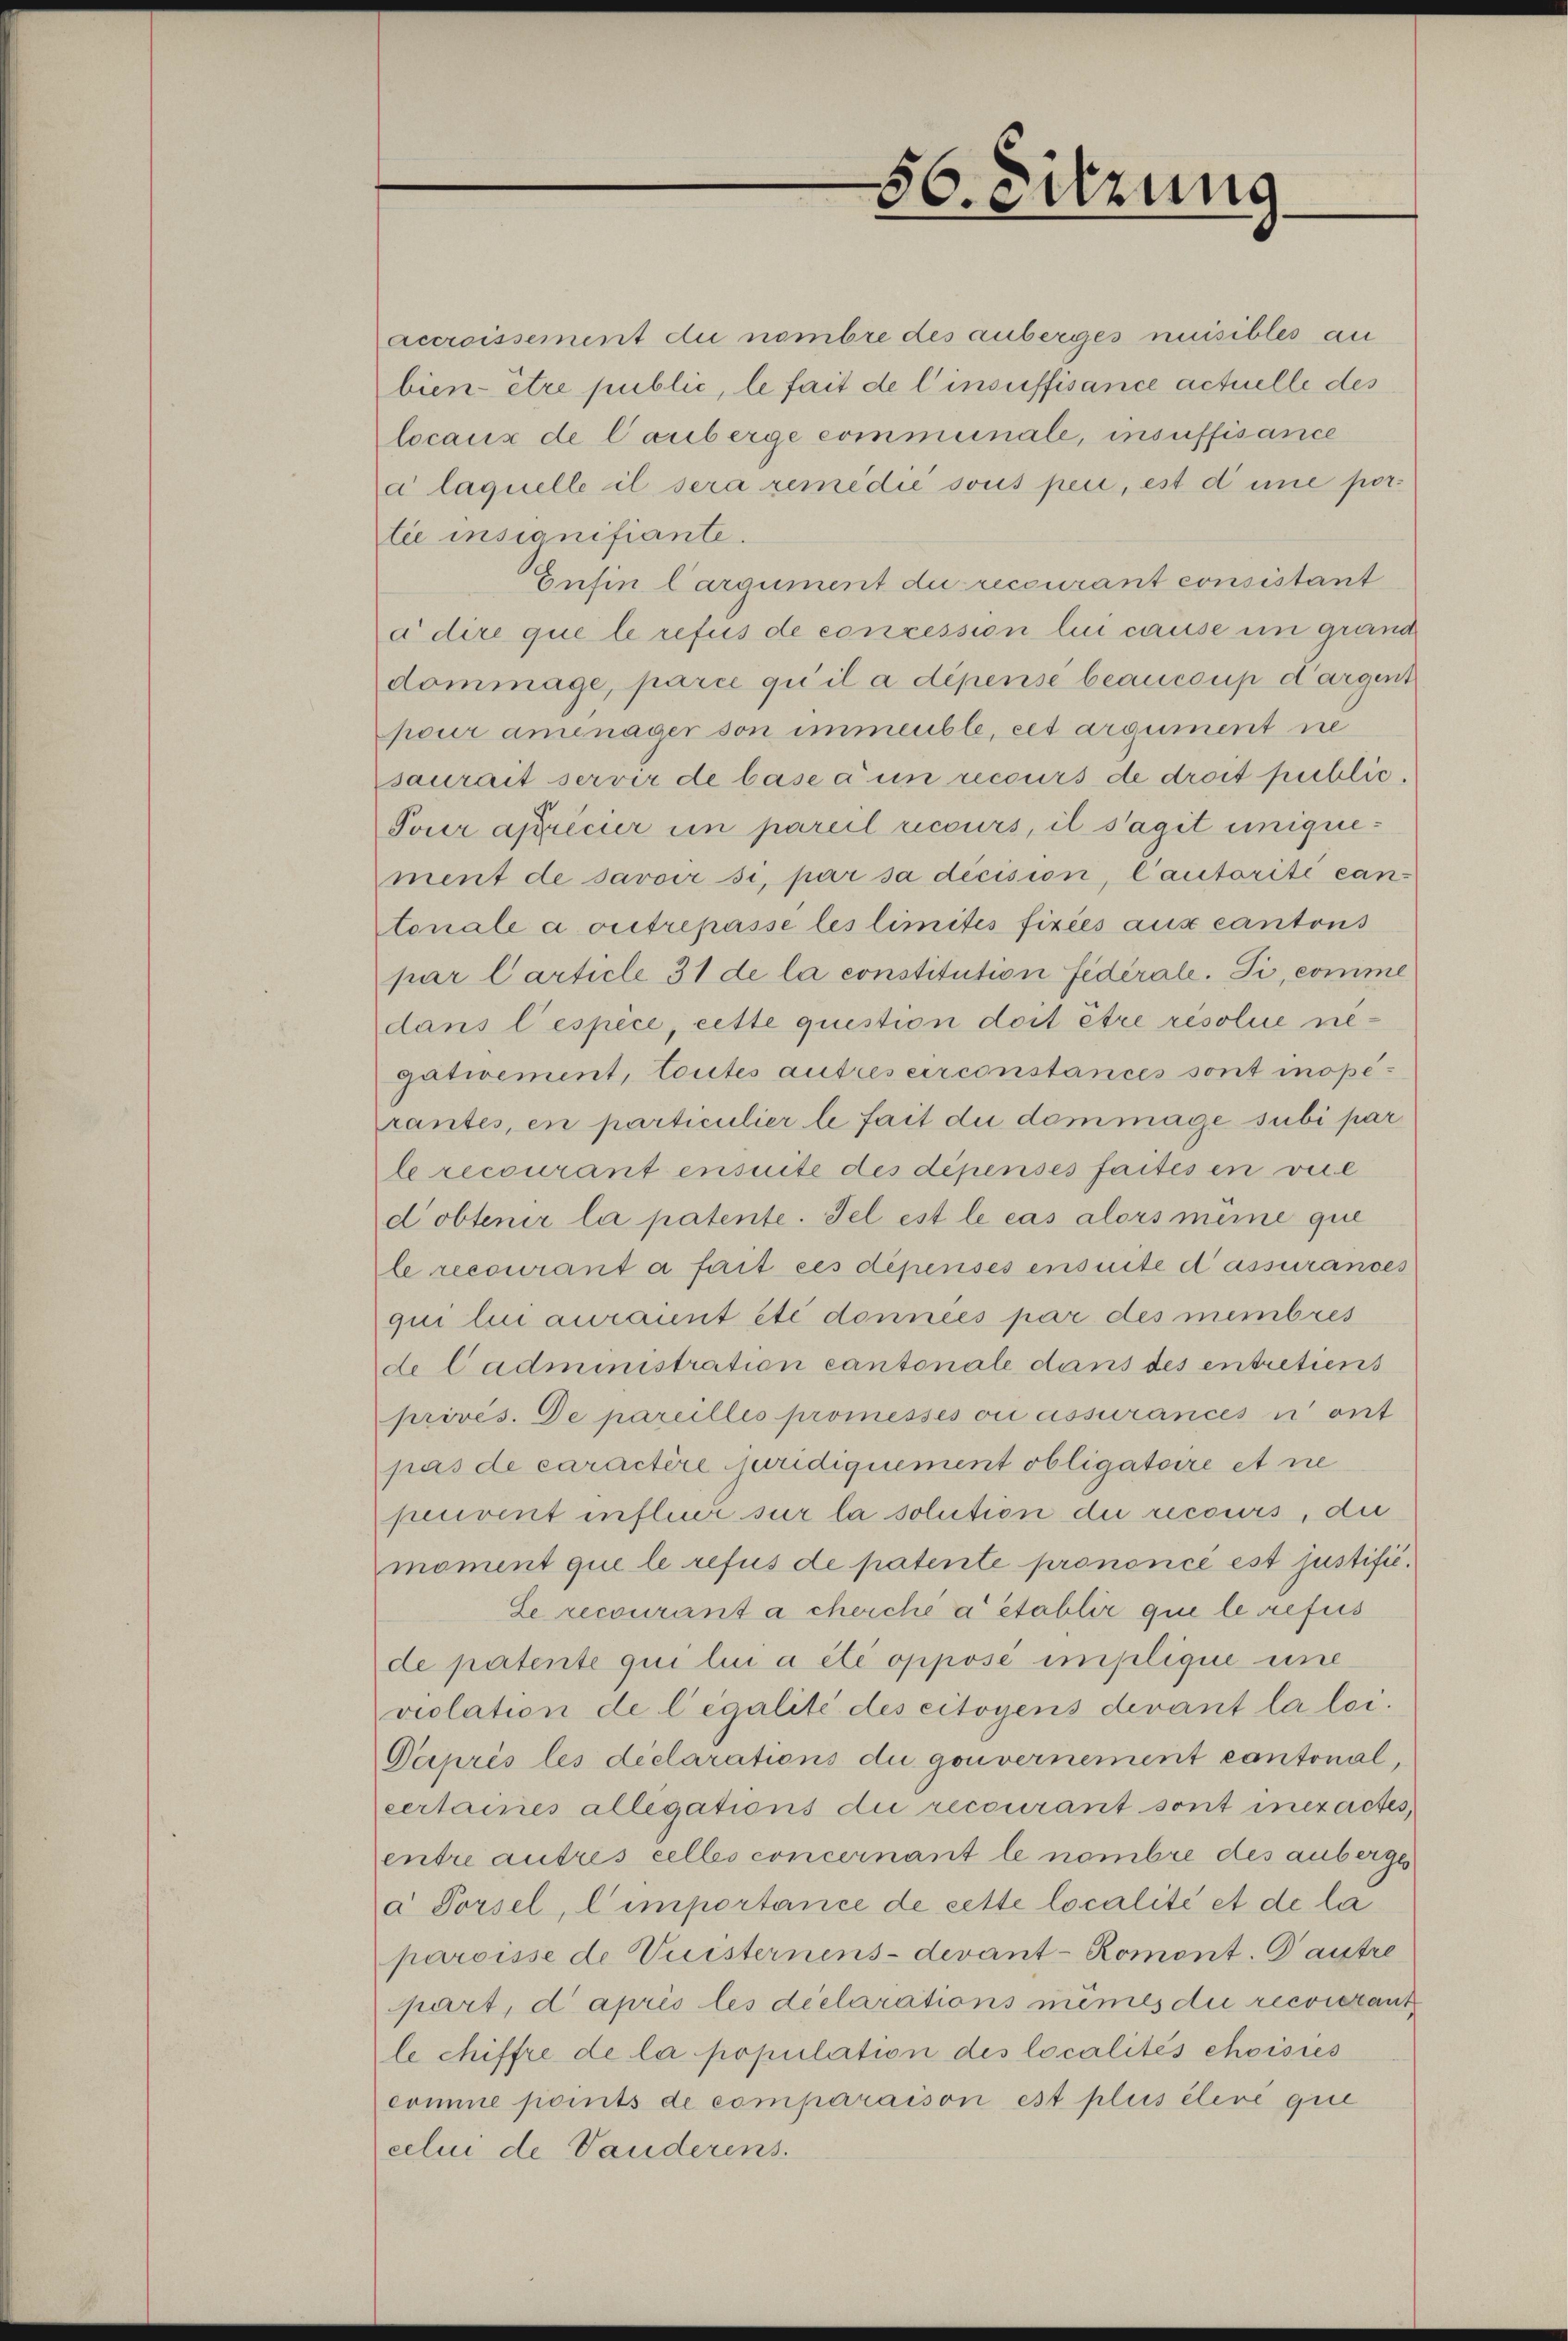
accroissement du nombre des anberges nuisibles an
bien être public, le fait de l’insuffisance actuelle des
locaux de Cauberge communale, insuffisance
a laquelle il sera remedie sous pei, est dene portie insignifiante.
Enfin Cargument die recourant consistant
a dire que le refus de conzession lui cause in grand
dommage, parie qu’il a dépense beaucoup dargent
pour amenager son immeuble, cet argument ne
saurait servir de base à un recours de droit public.
Pour apricier in pareil recours, il s’agit uniquement de savoir si, par sa décision, l’autorité can
tonale a outrepasse les limités fixées aux cantons
par Carticle 31 de la constitution fédérale. Si, comme
dans l’espece, cette question doit être résolue negativement, toutes autres circonstances sont inoperantes, en particulier le fait du dommage subi par
le recourant ensuite des dépensés faites en vie
dobtenir la patente. Fel est le cas alors même que
le recourant à fait ces dépensés ensuite d’assurances
qui lui aurait été données par des membres
de Cadministration cantonale dans des entretiens
prives. De pareilles promesses ou assurances u ant
pas de caractère juridiquement obligatoire et ne
peuvent infleur sur la solution die recours, die
moment que le refus de patente prononcé est justific¬
Le recourant à cherché à établir qui le refus
de patente qui lui a été oppose implique eine
violation de legalité des citoyens devant la loi.
Daprès les déclarations du gouvernement cantonal,
certaines allegations die recourant sont inexactes,
entre autres celles concernant le nombre des anberge
a Porsel, l’importance de cette localité et de la
paroisse de Vuisternens- devant-Romont. Dantre
part, d’après les déclarations memes die reconeant
le chiffre de la population des localités choisies
comme points de comparaison est plus élevé que
celui de Vauderens.

560 drung